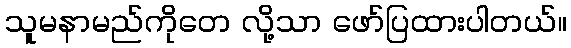
သူမနာမည်ကိုတေ လို့သာ ဖော်ပြထားပါတယ်။